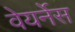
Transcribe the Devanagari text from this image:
वेयर्नेस